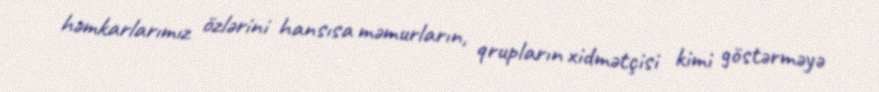
həmkarlarımız özlərini hansısa məmurların, qrupların xidmətçisi kimi göstərməyə